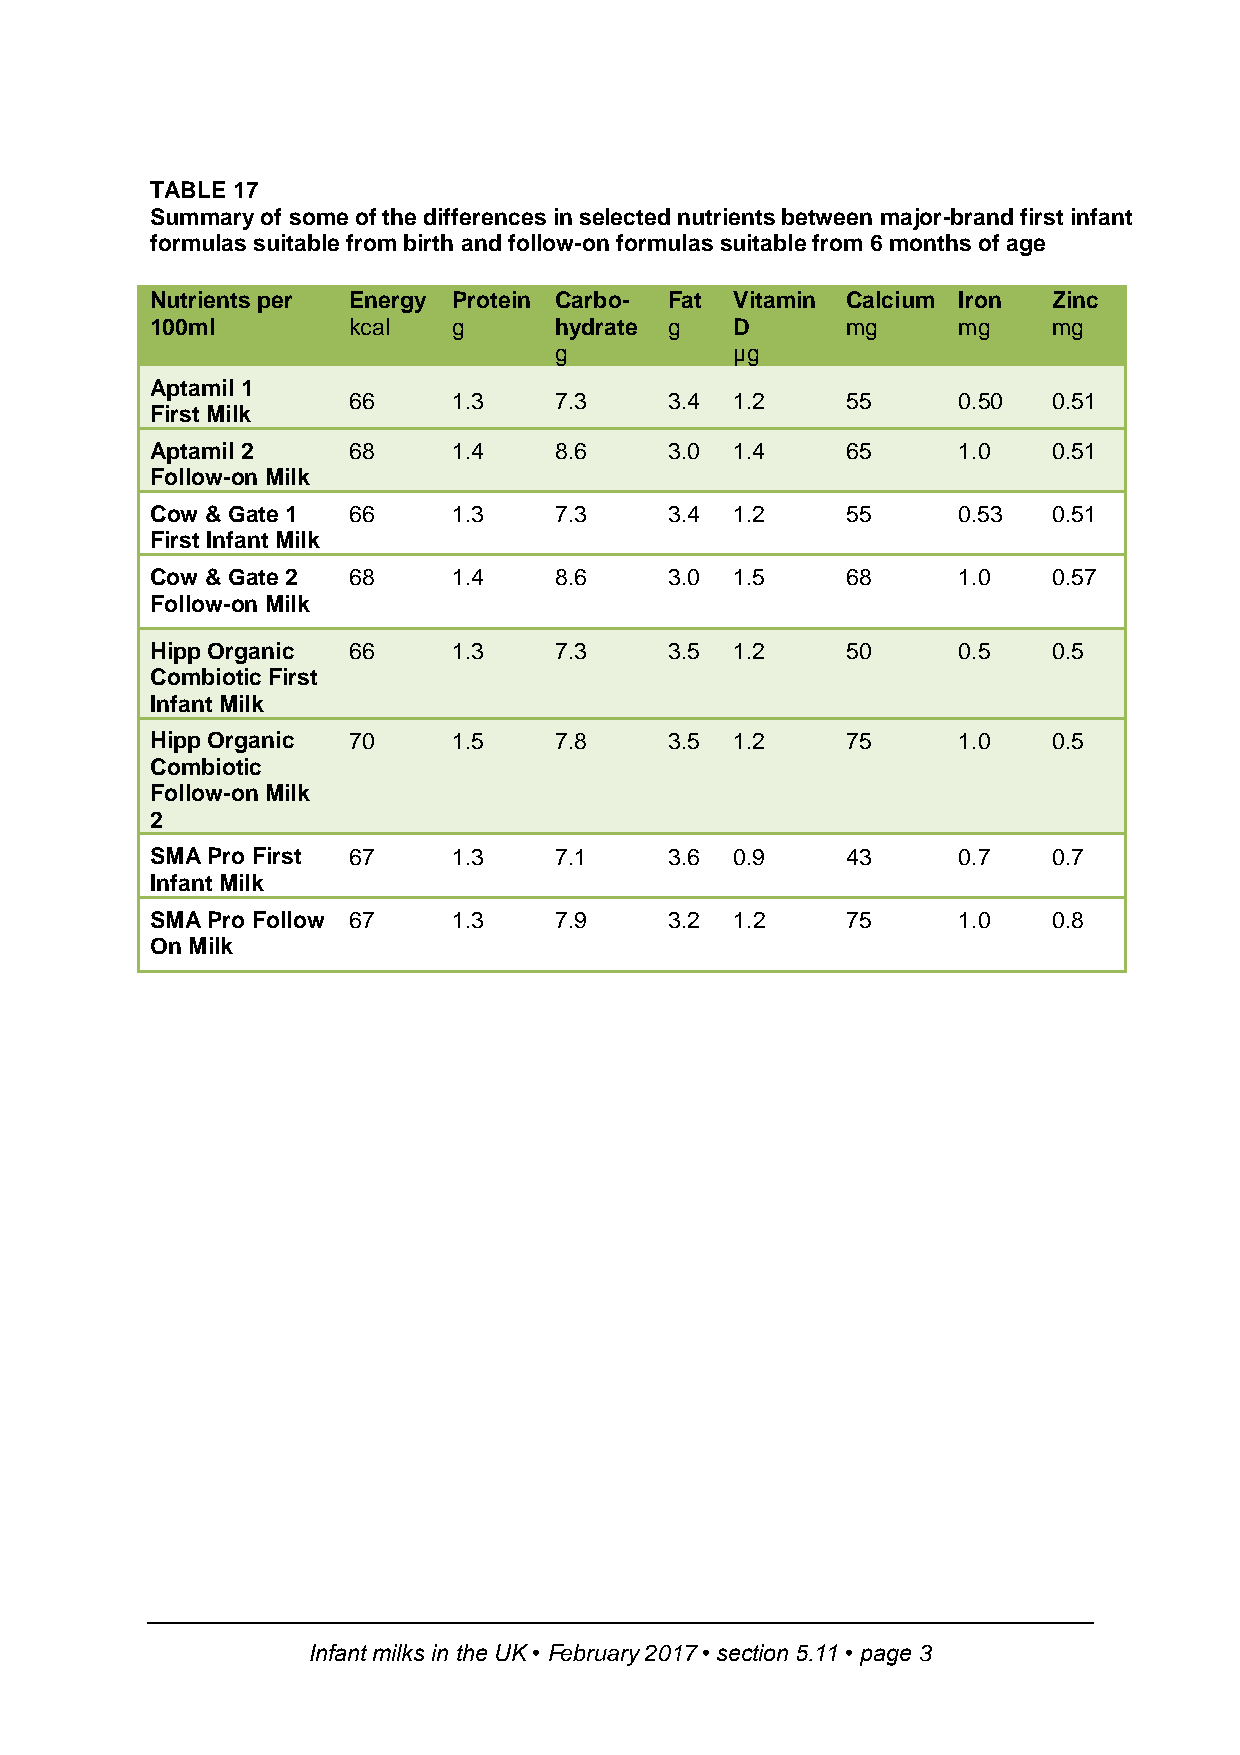
TABLE 17
 Summary of some of the differences in selected nutrients between major-brand first infant
 formulas suitable from birth and follow-on formulas suitable from 6 months of age
 Nutrients per Energy Protein Carbo- Fat Vitamin Calcium Iron Zinc
 100ml        kcal   g      hydrate g   D      mg     mg     mg
 g           µg
 Aptamil 1
 66     1.3    7.3    3.4  1.2    55     0.50   0.51
 First Milk
 Aptamil 2    68     1.4    8.6    3.0  1.4    65     1.0    0.51
 Follow-on Milk
 Cow & Gate 1 66     1.3    7.3    3.4  1.2    55     0.53   0.51
 First Infant Milk
 Cow & Gate 2 68     1.4    8.6    3.0  1.5    68     1.0    0.57
 Follow-on Milk
 Hipp Organic 66     1.3    7.3    3.5  1.2    50     0.5    0.5
 Combiotic First
 Infant Milk
 Hipp Organic 70     1.5    7.8    3.5  1.2    75     1.0    0.5
 Combiotic
 Follow-on Milk
 2
 SMA Pro First 67    1.3    7.1    3.6  0.9    43     0.7    0.7
 Infant Milk
 SMA Pro Follow 67   1.3    7.9    3.2  1.2    75     1.0    0.8
 On Milk
 Infant milks in the UK • February 2017 • section 5.11 • page 3